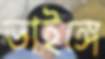
ভাইঙ্গে